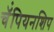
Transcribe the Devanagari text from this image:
चॅंपियनशिप